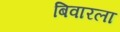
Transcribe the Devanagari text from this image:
बिवारला